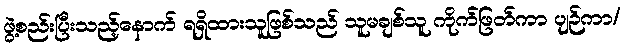
ဖွဲ့စည်းပြီးသည့်နောက် ရရှိထားသူဖြစ်သည် သူမချစ်သူ ကိုက်ဖြတ်ကာ ပျဉ်ကာ/